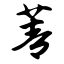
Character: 菁